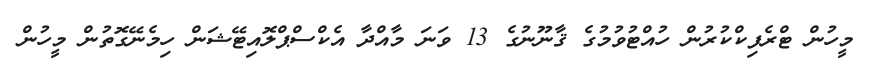
މީހުން ޓްރެފިކްކުރުން ހުއްޓުވުމުގެ ޤާނޫނުގެ 13 ވަނަ މާއްދާ އެކްސްޕްލޮއިޓޭޝަން ހިމެނޭގޮތުން މީހުން